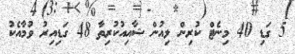
5 ގަޑި 40 މިނެޓް ކުރިން ލިއުން ޝާއިއުކުރިތާ 48 ގަޑިއިރު ވުމާއެކު